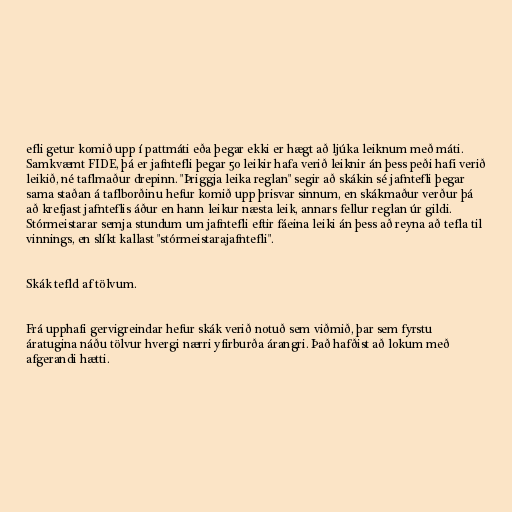
efli getur komið upp í pattmáti eða þegar ekki er hægt að ljúka leiknum með máti.
Samkvæmt FIDE, þá er jafntefli þegar 50 leikir hafa verið leiknir án þess peði hafi verið
leikið, né taflmaður drepinn. "Þriggja leika reglan" segir að skákin sé jafntefli þegar
sama staðan á taflborðinu hefur komið upp þrisvar sinnum, en skákmaður verður þá
að krefjast jafnteflis áður en hann leikur næsta leik, annars fellur reglan úr gildi.
Stórmeistarar semja stundum um jafntefli eftir fáeina leiki án þess að reyna að tefla til
vinnings, en slíkt kallast "stórmeistarajafntefli".

Skák tefld af tölvum.

Frá upphafi gervigreindar hefur skák verið notuð sem viðmið, þar sem fyrstu
áratugina náðu tölvur hvergi nærri yfirburða árangri. Það hafðist að lokum með
afgerandi hætti.